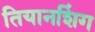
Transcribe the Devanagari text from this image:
तियानशिंग